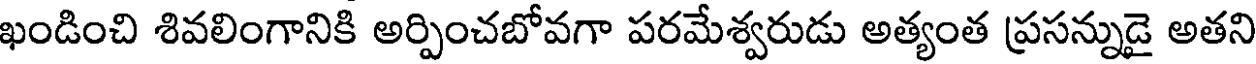
ఖండించి శివలింగానికి అర్పించబోవగా పరమేశ్వరుడు అత్యంత ప్రసన్నుడై అతని